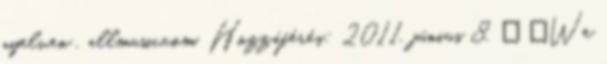
nyelven . allmusic.com. Hozzáférés: 2011. június 8. ↑ „We